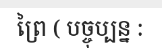
ព្រៃ ( បច្ចុប្បន្ន :